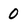
Character: 0